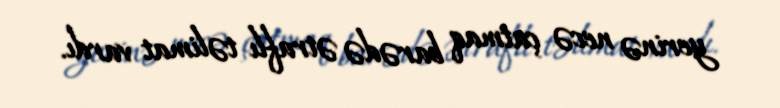
yerinə necə çatmaq barədə ətraflı təlimat vardı.